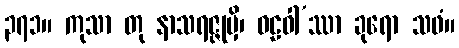
၃၇၁။ ကုသာ တု နာသရဇ္ဇုမှိ၊ ဝဠဝါ’ဿာ ခုရော သဖံ။